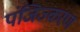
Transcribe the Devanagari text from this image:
पंजिज्करण